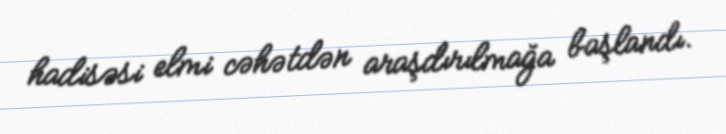
hadisəsi elmi cəhətdən araşdırılmağa başlandı.